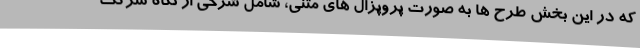
که در این بخش طرح ها به صورت پروپزال های متنی، شامل شرحی از نگاه شرکت